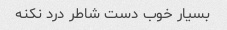
بسیار خوب دست شاطر درد نکنه